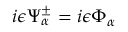
i \epsilon \Psi _ { \alpha } ^ { \pm } = i \epsilon \Phi _ { \alpha }